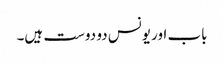
باب اور یونس دو دوست ہیں۔